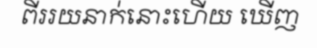
ពីររយនាក់នោះហើយ ឃើញ